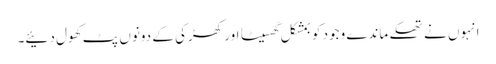
انہوں نے تھکے ماندے وجود کو بمشکل گھسیٹا اور کھڑکی کے دونوں پٹ کھول دئیے۔